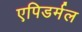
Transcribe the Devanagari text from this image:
एपिडर्मल